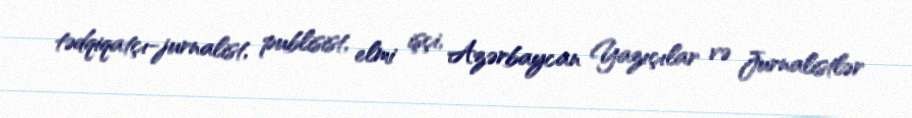
tədqiqatçı-jurnalist, publisist, elmi işçi, Azərbaycan Yazıçılar və Jurnalistlər